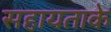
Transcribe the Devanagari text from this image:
सहायताके